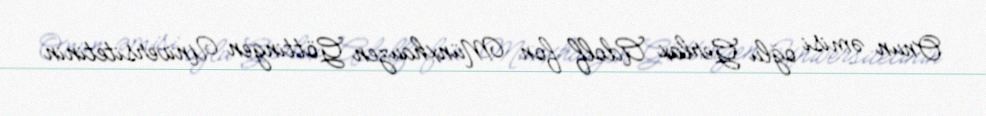
Onun əmisi oğlu Gerlax Adolf fon Münxhauzen Göttingen Universitetinin